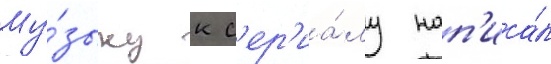
Му́зыку к с'ер'иа́лу нап'иса́л